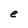
Character: e